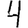
Digit: 4